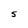
Character: S